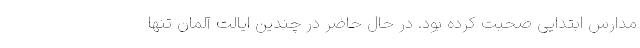
مدارس ابتدایی صحبت کرده بود. در حال حاضر در چندین ایالت آلمان تنها